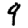
Digit: 9